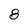
Character: 8